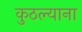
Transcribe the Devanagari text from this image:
कुठल्याना